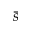
\bar { s }